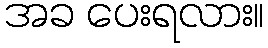
အခ ပေးရလား။